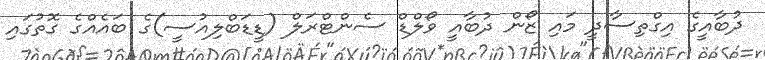
ދުބާއީގެ އިގްތިސާދީ މައި ޒޯން ދުބާއީ ވޯލްޑް ސެންޓްރަލް (ޑީޑަބްލިއުސީ)ގެ ބައެއްގެ ގޮތުގައި